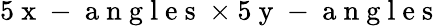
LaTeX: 5\mathrm{~x~-~a~n~g~l~e~s~}\times 5\mathrm{~y~-~a~n~g~l~e~s~}